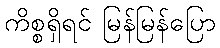
ကိစ္စရှိရင် မြန်မြန်ပြော